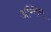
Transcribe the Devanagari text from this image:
अन्तिम्